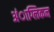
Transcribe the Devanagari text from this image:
अंाग्लिकन